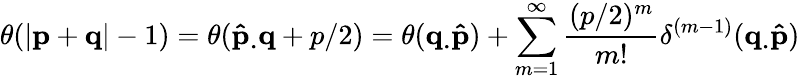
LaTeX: \theta(|\mathbf{p}+\mathbf{q}|-1)=\theta(\mathbf{\hat{p}_{.}q}+p/2)=\theta(\mathbf{q_{.}\hat{p}})+\sum_{m=1}^{\infty}\frac{(p/2)^{m}}{m!}\delta^{(m-1)}(\mathbf{q_{.}\hat{p}})